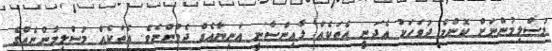
މުސްލިމުންނަށް ކޮންމެ ދުވަހަކު އެދަނީ އެތަކެއް ލާއިންސާނީ އަނިޔާއެއް ދެމުންނެވެ. އެތަކެއް މުސްލިމުންނެއްގެ